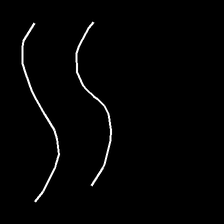
Glyph: float